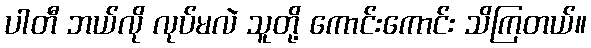
ပါတီ ဘယ်လို လုပ်မလဲ သူတို့ ကောင်းကောင်း သိကြတယ်။